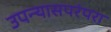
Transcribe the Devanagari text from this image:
उपन्यासपरंपरा